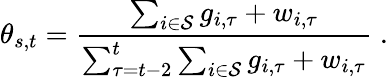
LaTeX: \theta_{s,t}=\frac{\sum_{i\in\mathcal{S}}g_{i,\tau}+w_{i,\tau}}{\sum_{\tau=t-2}^{t}\sum_{i\in\mathcal{S}}g_{i,\tau}+w_{i,\tau}}\; .